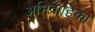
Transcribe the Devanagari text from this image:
अभिवाहिका